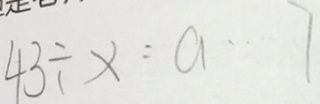
4 3 \div x = a \cdot 7